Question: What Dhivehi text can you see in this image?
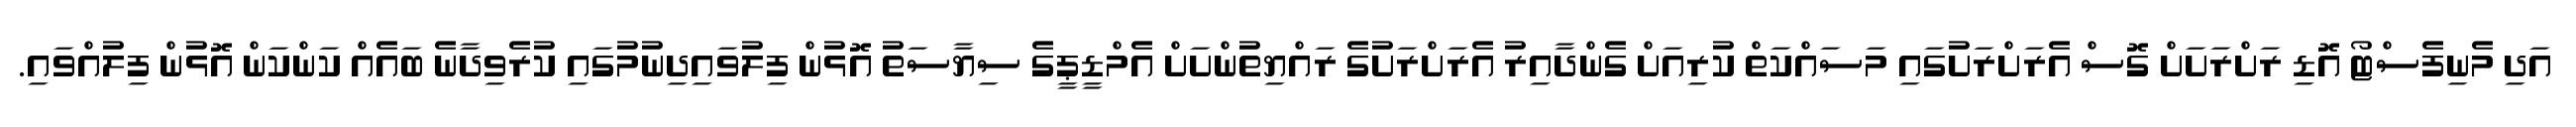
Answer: އަދި މެނިފެސްޓޯ އޮޑި ރަށްރަށަށް ގޮސް އެރަށްރަށުގައި މަސައްކަތް ކުރިއަށް ގެންދާއިރު އެރަށްރަށުގެ ރައްޔިތުންށަށް އެމްޑީޕީގެ ސިޔާސަތު އޮޅުން ފިލުވައިދިނުމުގައި ކުރެވިދާނެ ބައެއް ކަންކަން އޮޅުން ފިލުއްވައި.